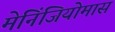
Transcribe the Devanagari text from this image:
मेनिंजियोमास